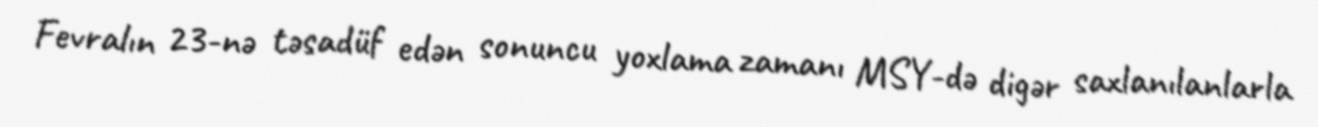
Fevralın 23-nə təsadüf edən sonuncu yoxlama zamanı MSY-də digər saxlanılanlarla